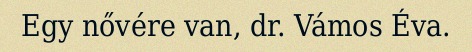
Egy nővére van, dr. Vámos Éva.